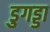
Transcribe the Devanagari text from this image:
डुगड्डा